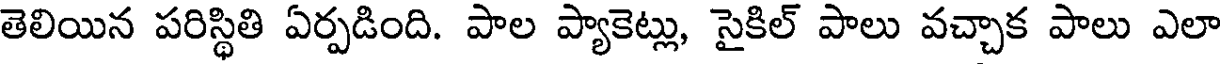
తెలియిన పరిస్థితి ఏర్పడింది. పాల ప్యాకెట్లు, సైకిల్ పాలు వచ్చాక పాలు ఎలా